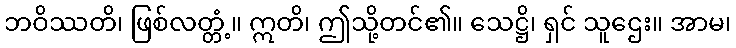
ဘဝိဿတိ၊ ဖြစ်လတ္တံ့။ ဣတိ၊ ဤသို့တင်၏။ သေဋ္ဌိ၊ ရှင် သူဌေး။ အာမ၊